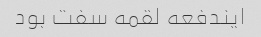
ایندفعه لقمه سفت بود